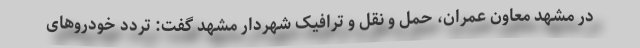
در مشهد معاون عمران، حمل و نقل و ترافیک شهردار مشهد گفت: تردد خودروهای